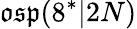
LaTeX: {\mathfrak{osp}}(8^{*}|2N)